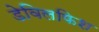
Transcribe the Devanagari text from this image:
डेविलफिश